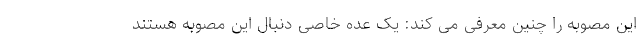
این مصوبه را چنین معرفی می کند: یک عده خاصی دنبال این مصوبه هستند